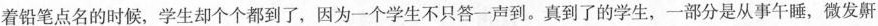
着铅笔点名的时候，学生却个个都到了，因为一个学生不只答一声到。真到了的学生，一部分是从事午睡，微发鼾